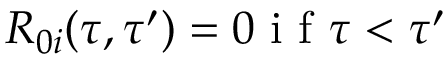
{ } R _ { 0 i } ( \tau , \tau ^ { \prime } ) = 0 \mathrm { ~ i ~ f ~ } \tau < \tau ^ { \prime }